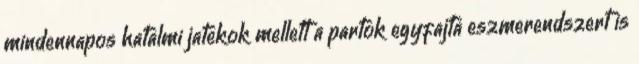
mindennapos hatalmi jatekok mellett a partok egyfajta eszmerendszert is